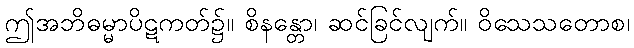
ဤအဘိဓမ္မာပိဋကတ်၌။ စိနန္တော၊ ဆင်ခြင်လျက်။ ဝိသေသတောစ၊